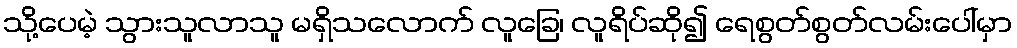
သို့ပေမဲ့ သွားသူလာသူ မရှိသလောက် လူခြေ၊ လူရိပ်ဆို၍ ရေစွတ်စွတ်လမ်းပေါ်မှာ